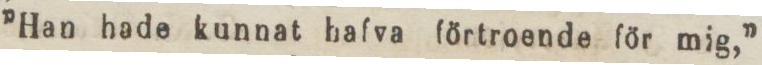
”Han hade kunnat hafva förtroende för mig,”